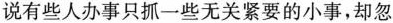
说有些人办事只抓一些无关紧要的小事，却忽